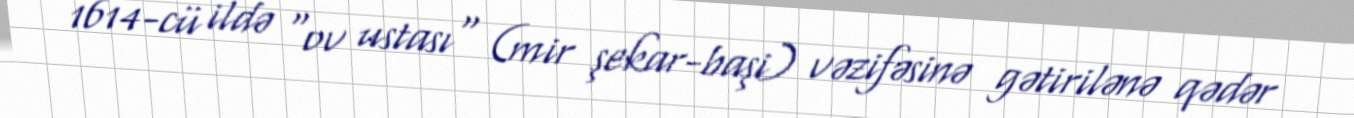
1614-cü ildə "ov ustası" (mir şekar-başi) vəzifəsinə gətirilənə qədər